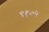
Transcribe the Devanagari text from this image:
९१०५